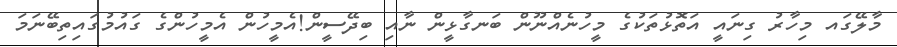
މާލޭގައ މިހާރު ގިނައީ އަތޮޅުތަކުގެ މީހުނެއްނޫން ބަނގާޅީން ނާއި ބިދޭސީން!އެމީހުން އެމީހުންގެ ގައުމުގައިތިބޭނަމަ